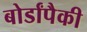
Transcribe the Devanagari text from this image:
बोर्डांपैकी